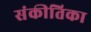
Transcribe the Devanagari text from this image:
संकीतिका